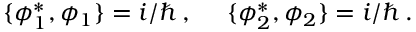
\{ \phi _ { 1 } ^ { * } , \phi _ { 1 } \} = i / \hbar \, , ~ ~ ~ ~ \{ \phi _ { 2 } ^ { * } , \phi _ { 2 } \} = i / \hbar \, .